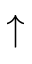
\uparrow